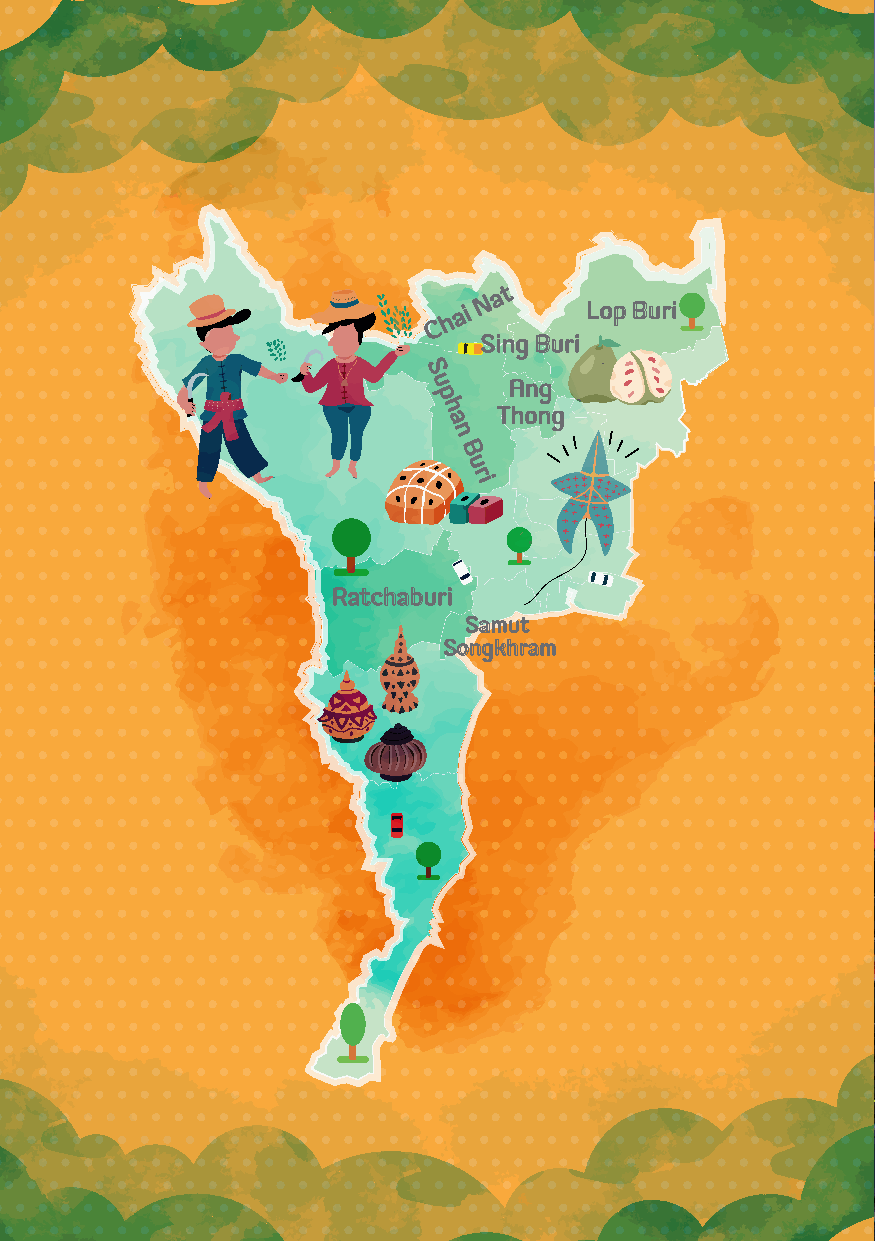
N a t
 C h
 ai       Lop Buri
 Sing Buri
 S
 u     Ang
 p
 h   Thong
 a
 n
 B
 u
 ri
 Ratchaburi
 Samut
 Songkhram